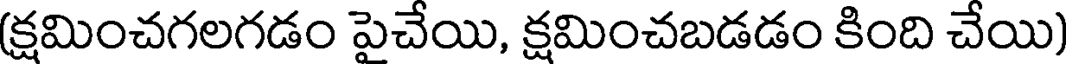
(క్షమించగలగడం పైచేయి, క్షమించబడడం కింది చేయి)